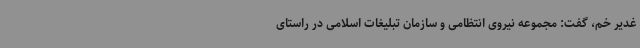
غدیر خم، گفت: مجموعه نیروی انتظامی و سازمان تبلیغات اسلامی در راستای